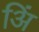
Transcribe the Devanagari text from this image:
अिं